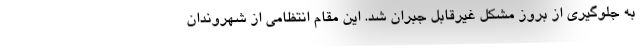
به جلوگیری از بروز مشکل غیرقابل جبران شد. این مقام انتظامی از شهروندان